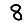
Digit: 8